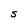
Character: S